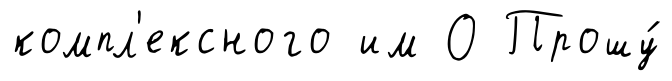
компл'ексного им О Прошу́